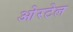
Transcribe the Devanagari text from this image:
ओरटेल